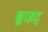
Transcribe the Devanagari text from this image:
ड्वाइट्